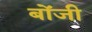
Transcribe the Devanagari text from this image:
बोंजी